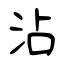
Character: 沾